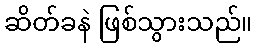
ဆိတ်ခနဲ ဖြစ်သွားသည်။